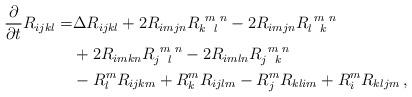
LaTeX: \begin{align*}\begin{aligned}\frac{\partial}{\partial t}R_{ijkl}=&\Delta R_{ijkl}+2R_{imjn}R^{\,\,\, m\,\, n}_{k \,\,\,\, l}-2R_{imjn}R^{\,\,\, m\,\, n}_{l \,\,\,\, k}\\&+2R_{imkn}R^{\,\,\, m\,\, n}_{j \,\,\,\, l}-2R_{imln}R^{\,\,\, m\,\, n}_{j \,\,\,\, k}\\&-R^{m}_{l} R_{ijkm}+R^{m}_{k} R_{ijlm}-R^{m} _{j}R_{klim}+R^m _i R_{kljm} \, ,\end{aligned}\end{align*}